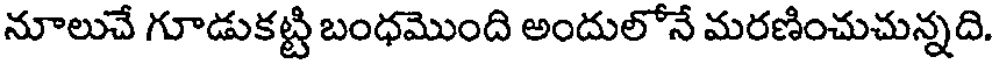
నూలుచే గూడుకట్టి బంధమొంది అందులోనే మరణించుచున్నది.